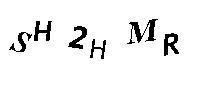
SH2HMR